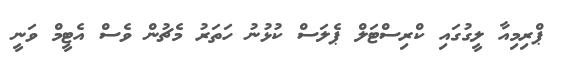
ޕްރިމިއާ ލީގުގައި ކްރިސްޓަލް ޕެލަސް ކުޅުނު ހަތަރު މެޗުން ވެސް އެޓީމް ވަނީ